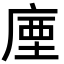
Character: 𢉬